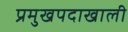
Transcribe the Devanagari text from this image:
प्रमुखपदाखाली